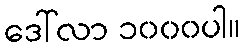
ဒေါ်လာ ၁၀၀၀ပါ။